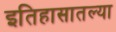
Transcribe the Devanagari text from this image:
इतिहासातल्या